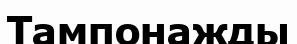
Тампонажды